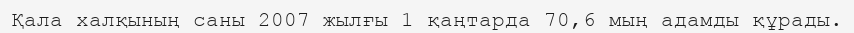
Қала халқының саны 2007 жылғы 1 қаңтарда 70,6 мың адамды құрады.